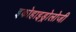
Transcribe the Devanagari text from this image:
इकोहाइड्रोलोजी